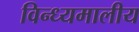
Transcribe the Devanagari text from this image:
विन्ध्यमालीय